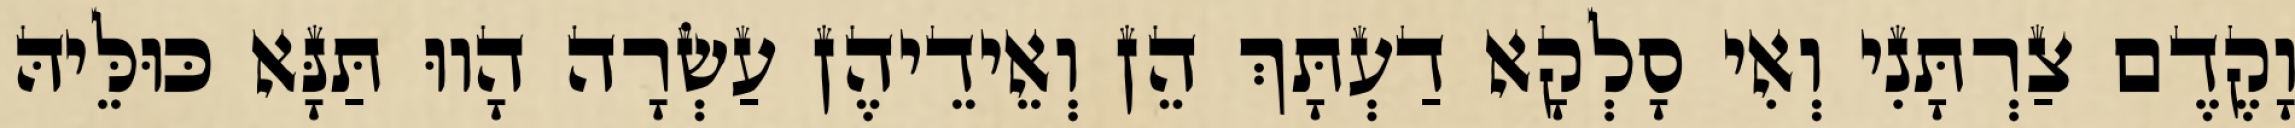
וָקֶדֶם צַרְתָּנִי וְאִי סָלְקָא דַעְתָּךְ הֵן וְאֵידֵיהֶן עַשְׂרָה הָווּ תַּנָּא כּוּלֵּיהּ